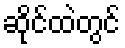
ဆိုင်ထဲတွင်